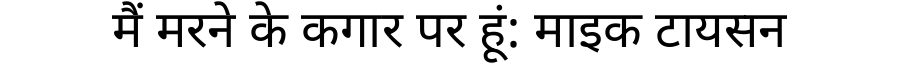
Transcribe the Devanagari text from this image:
मैं मरने के कगार पर हूं: माइक टायसन